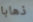
ذهابا